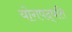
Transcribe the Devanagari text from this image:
योगपद्धति